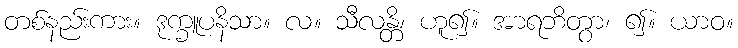
တစ်နည်းကား။ ဒုက္ခူပနိသာ။ လ။ သီလန္တိ၊ ဟူ၍။ အာရဘိတွာ၊ ၍။ ယာဝ။